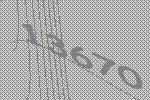
13670